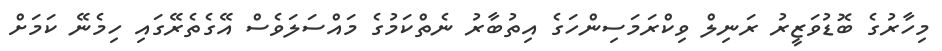
މިހާރުގެ ބޮޑުވަޒީރު ރަނިލް ވިކްރަމަސިންހަގެ އިތުބާރު ނެތްކަމުގެ މައްސަލަވެސް އޭގެތެރޭގައި ހިމެނޭ ކަމަށް